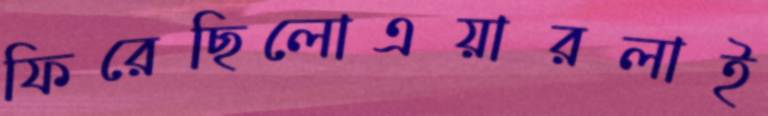
ফিরেছিলোএয়ারলাই